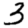
Digit: 3